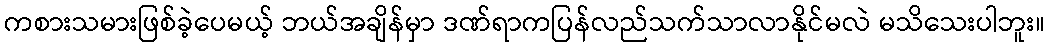
ကစားသမားဖြစ်ခဲ့ပေမယ့် ဘယ်အချိန်မှာ ဒဏ်ရာကပြန်လည်သက်သာလာနိုင်မလဲ မသိသေးပါဘူး။